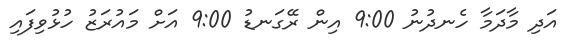
އަދި މާދަމާ ހެނދުނު 9:00 އިން ރޭގަނޑު 9:00 އަށް މައުރަޒު ހުޅުވިފައި